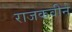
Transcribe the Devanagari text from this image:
राजकवीने